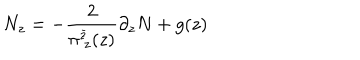
N _ { z } = - \frac { 2 } { \pi _ { ~ z } ^ { \bar { z } } ( z ) } \partial _ { z } N + g ( z )